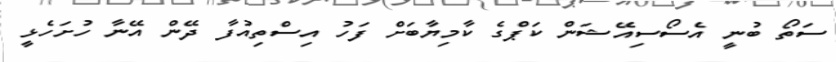
ސަތޯ ބުނީ އެސޯސިއޭޝަން ކަޕްގެ ކާމިޔާބަށް ފަހު އިސްތިއުފާ ދޭން އޭނާ ހުށަހެޅީ